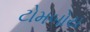
ટોમબોય